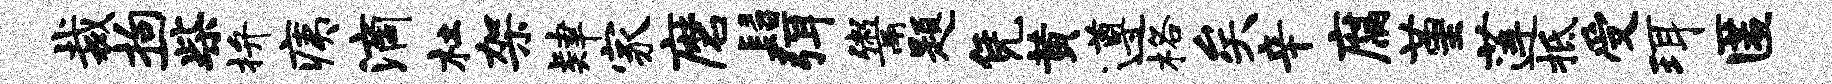
裁拘一柴拚痍滴杜架肄家磨髫弭鬻题凭黄遵格矣辛腐堇莲柢受珥匿